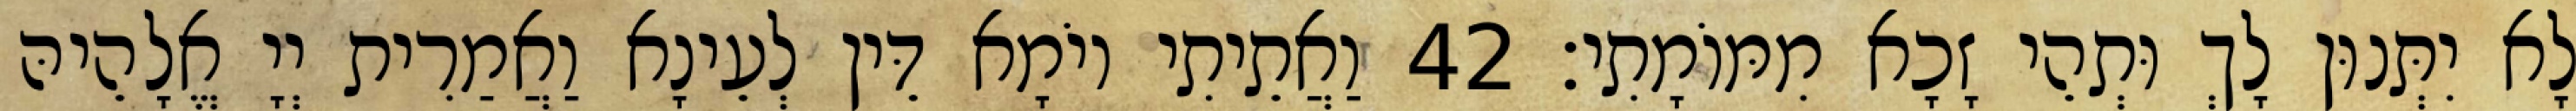
לָא יִתְּנוּן לָךְ וּתְהֵי זָכָא מִמּוֹמָתִי׃ 42 וַאֲתֵיתִי יוֹמָא דֵּין לְעֵינָא וַאֲמַרִית יְיָ אֱלָהֵיהּ